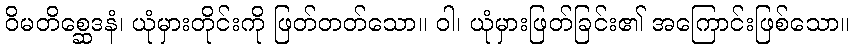
ဝိမတိစ္ဆေဒနံ၊ ယုံမှားတိုင်းကို ဖြတ်တတ်သော။ ဝါ၊ ယုံမှားဖြတ်ခြင်း၏ အကြောင်းဖြစ်သော။